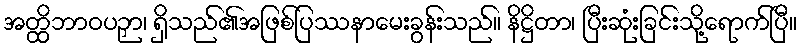
အတ္ထိဘာဝပဉှာ၊ ရှိသည်၏အဖြစ်ပြဿနာမေးခွန်းသည်။ နိဋ္ဌိတာ၊ ပြီးဆုံးခြင်းသို့ရောက်ပြီ။